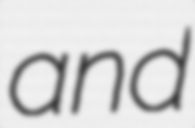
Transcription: and